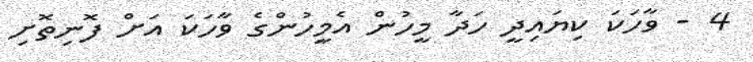
4 - ވާހަކަ ކިޔައިދީ ހަދާ މީހުން އެމީހުންގެ ވާހަކަ އަށް ފޮނިތޮށި